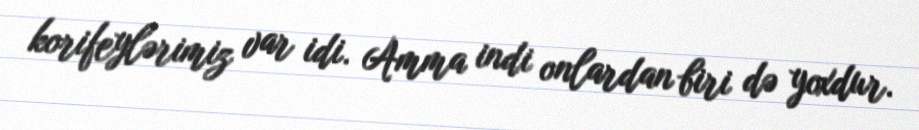
korifeylərimiz var idi. Amma indi onlardan biri də yoxdur.